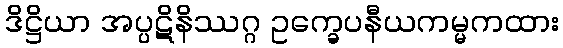
ဒိဋ္ဌိယာ အပ္ပဋိနိဿဂ္ဂ ဥက္ခေပနီယကမ္မကထား